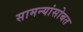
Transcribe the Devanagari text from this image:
सामन्यांसोबत